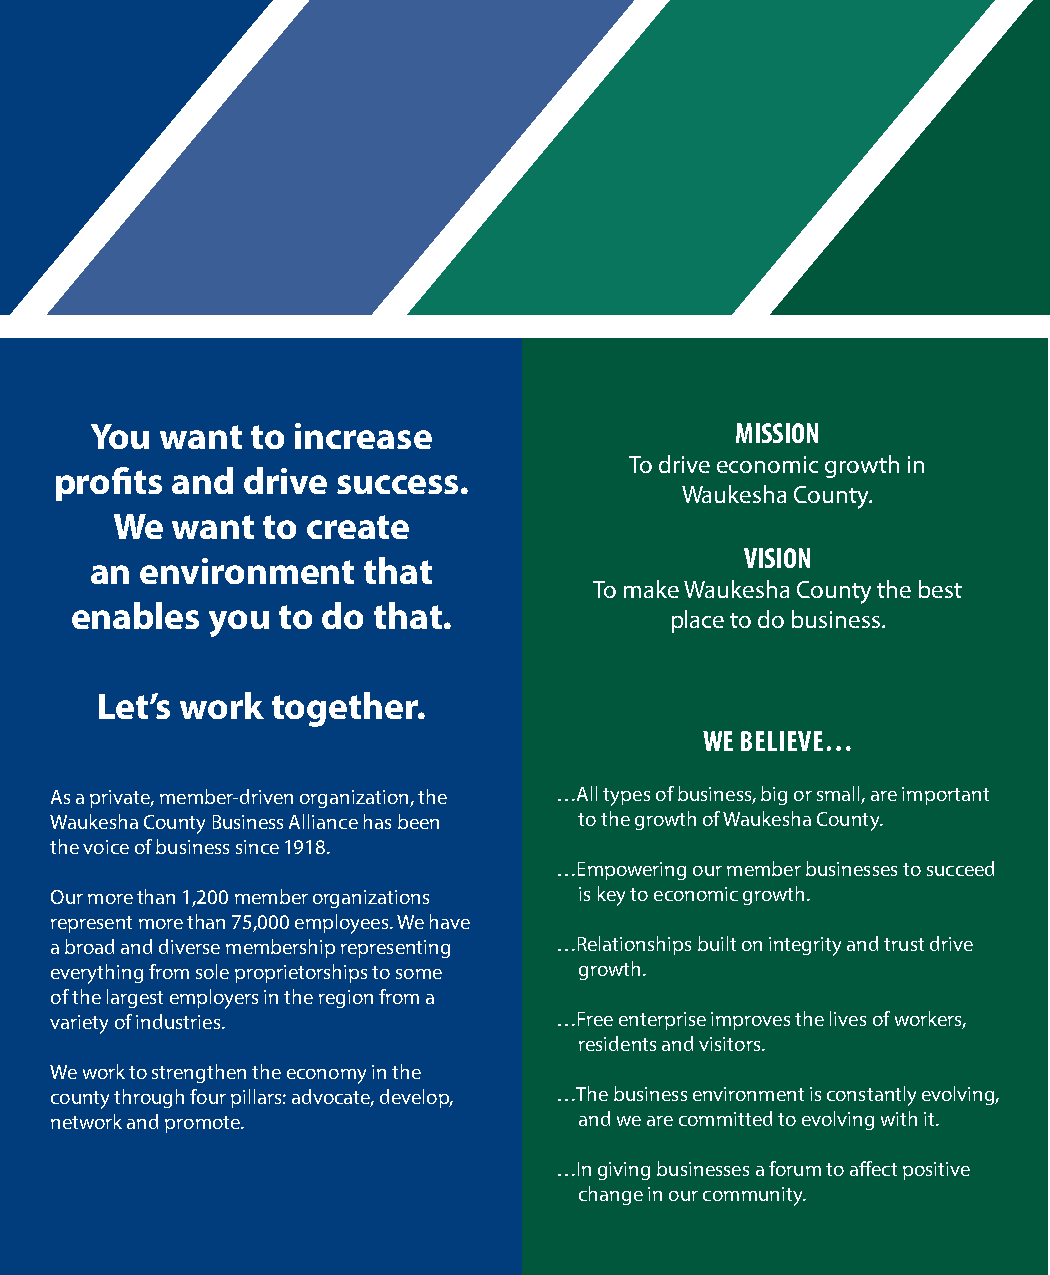
You  want  to increase                     MISSION
 To drive economic growth in
 profits and drive success.
 Waukesha County.
 We  want  to create
 VISION
 an environment    that
 To make Waukesha County the best
 enables  you to do  that.
 place to do business.
 Let’s work  together.
 WE BELIEVE…
 As a private, member-driven organization, the …All types of business, big or small, are important
 Waukesha County Business Alliance has been to the growth of Waukesha County.
 the voice of business since 1918.
 …Empowering our member businesses to succeed
 Our more than 1,200 member organizations is key to economic growth.
 represent more than 75,000 employees. We have
 a broad and diverse membership representing …Relationships built on integrity and trust drive
 everything from sole proprietorships to some growth.
 of the largest employers in the region from a
 variety of industries.            …Free enterprise improves the lives of workers,
 residents and visitors.
 We work to strengthen the economy in the
 county through four pillars: advocate, develop, …The business environment is constantly evolving,
 network and promote.               and we are committed to evolving with it.
 …In giving businesses a forum to affect positive
 change in our community.